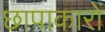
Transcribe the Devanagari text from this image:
छापाकारों